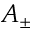
A _ { \pm }